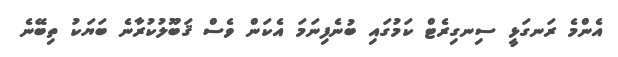
އެންމެ ރަނގަޅީ ސިނގިރެޓް ކަމުގައި ބުނެފިނަމަ އެކަން ވެސް ޤަބޫލުކުރާނެ ބަޔަކު ތިބޭނެ